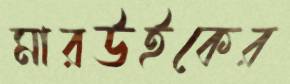
মারউইকের